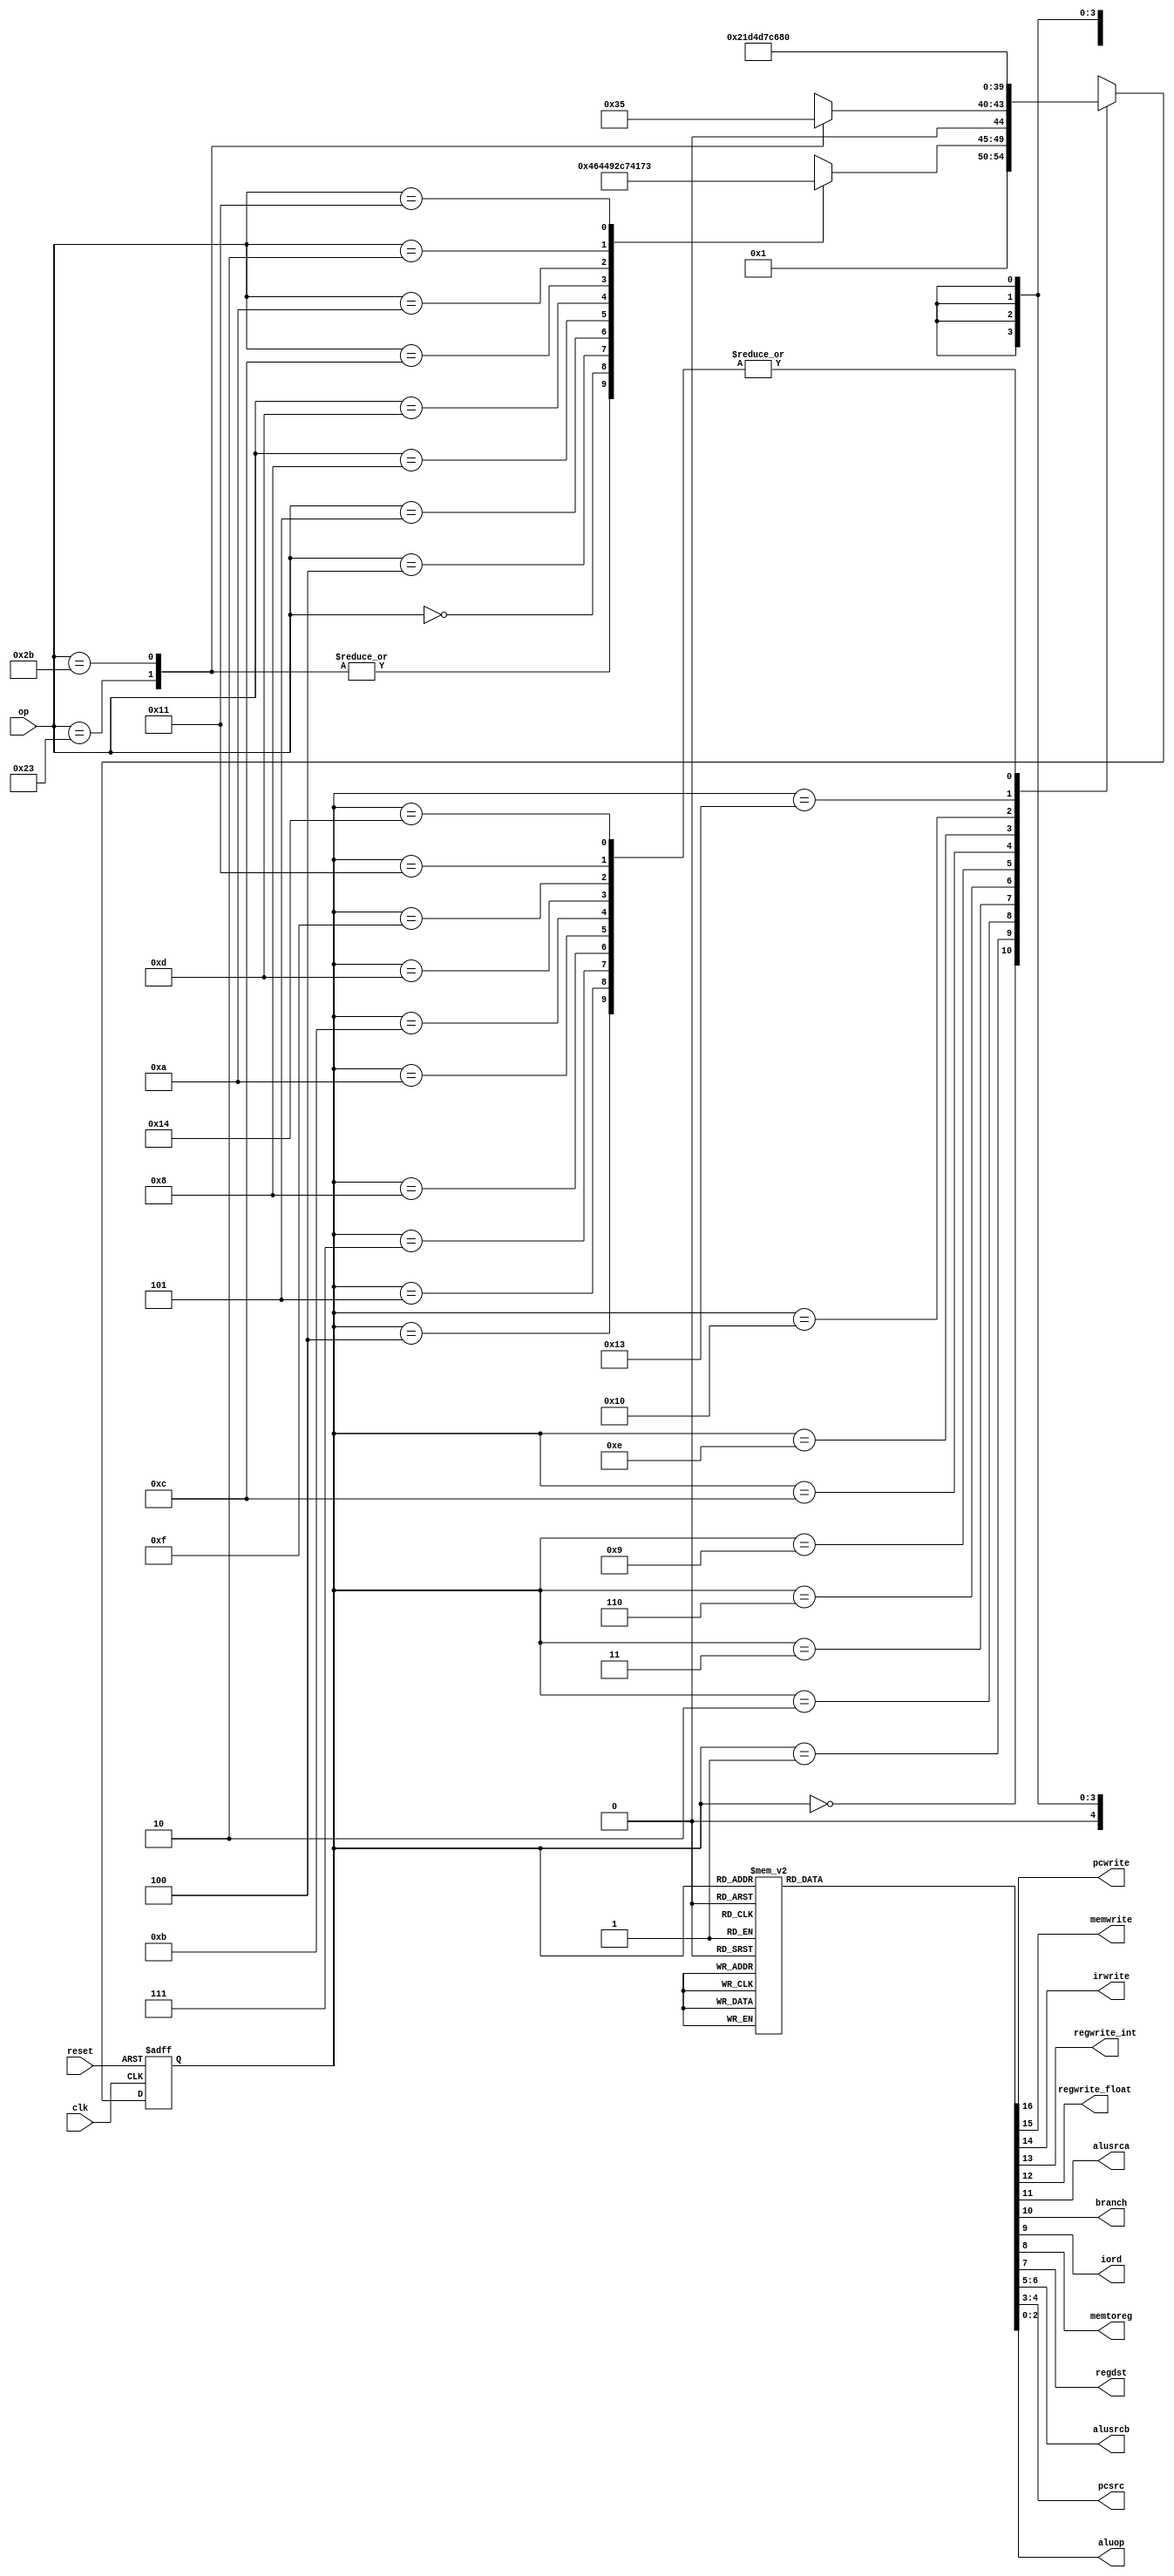
module maindec(input clk, reset, 
input [5:0] op, 
output pcwrite,memwrite,irwrite,regwrite_int,regwrite_float,
output alusrca,branch,iord,memtoreg,regdst,
output [1:0] alusrcb,pcsrc,
output [2:0] aluop);

parameter FETCH = 5'b00000; // State 0
parameter DECODE = 5'b00001; // State 1
parameter MEMADR = 5'b00010;	// State 2
parameter MEMRD = 5'b00011;	// State 3
parameter MEMWB = 5'b00100;	// State 4
parameter MEMWR = 5'b00101;	// State 5
parameter RTYPEEX = 5'b00110;	// State 6
parameter RTYPEWB = 5'b00111;	// State 7
parameter BEQEX = 5'b01000;	// State 8
parameter ADDIEX = 5'b01001;	// State 9
parameter ADDIWB = 5'b01010;	// state 10
parameter JEX = 5'b01011;	// State 11
parameter ORI_EX = 5'b01100;//State 12
parameter ORI_WB = 5'b01101;//State 13
parameter ANDI_EX = 5'b01110;//State 14
parameter ANDI_WB = 5'b01111;//State 15
parameter SLTI_EX = 5'b10000;//State 16
parameter SLTI_WB = 5'b10001;//State 17
parameter BNQEX = 5'b10010;	// State 18
parameter FLOAT_ADD_EX = 5'b10011;//State 19
parameter FLOAT_ADD_WB = 5'b10100;//State 20

parameter LW = 6'b100011;	// Opcode for lw
parameter SW = 6'b101011;	// Opcode for sw
parameter RTYPE = 6'b000000;	// Opcode for R-type
parameter BEQ = 6'b000100;	// Opcode for beq
parameter ADDI = 6'b001000;	// Opcode for addi
parameter J = 6'b000010;	// Opcode for j
parameter BNQ = 6'b000101; //Opcode for bnq 
parameter ORI = 6'b001101; //Opcode for ori
parameter ANDI = 6'b001100; //Opcode for andi
parameter SLTI = 6'b001010; //Opcode for slti

parameter FLOAT = 6'b010001;//Opcode for FLOAT




reg [4:0]  state, nextstate;
reg [16:0] controls;

  // state register
always @(posedge clk or posedge reset)			
  if(reset) state <= FETCH;
  else state <= nextstate;

  // ADD CODE HERE
  // Finish entering the next state logic below.  We've completed the first 
  // two states, FETCH and DECODE, for you.

  // next state logic
always @(*)
  case(state)
    FETCH:   nextstate <= DECODE;
    DECODE:  case(op)
    LW:      nextstate <= MEMADR;
    SW:      nextstate <= MEMADR;
    RTYPE:   nextstate <= RTYPEEX;
    BEQ:     nextstate <= BEQEX;
    BNQ:     nextstate <= BNQEX; 
    ADDI:    nextstate <= ADDIEX;
    ORI:     nextstate <= ORI_EX;
    ANDI:    nextstate <= ANDI_EX;
    SLTI:    nextstate <= SLTI_EX;
    J:       nextstate <= JEX;
    FLOAT:   nextstate <= FLOAT_ADD_EX;
    default: nextstate <= 4'bx; // should never happen
    endcase
 		// Add code here
    MEMADR:  case(op)
    LW: nextstate <= MEMRD;
    SW: nextstate <= MEMWR;
    default: nextstate <= 4'bx;
    endcase
    
    MEMRD: nextstate <= MEMWB;
    MEMWB: nextstate <= FETCH;
    
    MEMWR: nextstate <= FETCH;
    
    RTYPEEX: nextstate <= RTYPEWB;
    RTYPEWB: nextstate <= FETCH;
    
    BEQEX:   nextstate <= FETCH;
    
    ADDIEX:  nextstate <= ADDIWB;
    ADDIWB:  nextstate <= FETCH;
    
    JEX: nextstate <= FETCH;

    ORI_EX: nextstate <= ORI_WB;
    ORI_WB: nextstate <= FETCH;

    ANDI_EX: nextstate <= ANDI_WB;
    ANDI_WB: nextstate <= FETCH;

    SLTI_EX: nextstate <= SLTI_WB;
    SLTI_WB: nextstate <= FETCH;

    FLOAT_ADD_EX : nextstate <= FLOAT_ADD_WB;
    FLOAT_ADD_WB : nextstate <= FETCH;


    default: nextstate <= 5'bx; // should never happen
  endcase

  // output logic
  assign {pcwrite, memwrite, irwrite, regwrite_int,regwrite_float, 
  alusrca, branch, iord, memtoreg, regdst,
  alusrcb, pcsrc, aluop} = controls;



  // ADD CODE HERE
  // Finish entering the output logic below.  We've entered the
  // output logic for the first two states, S0 and S1, for you.
always @(*)
  case(state)
    FETCH:   controls <= 17'b10100000000100000;
    DECODE:  controls <= 17'b00000000001100000;
    // your code goes here 
    MEMADR:  controls <= 17'b00000100001000000;      
    MEMRD:   controls <= 17'b00000001000000000;
    MEMWB:   controls <= 17'b00010000100000000;
    MEMWR:   controls <= 17'b01000001000000000;
    RTYPEEX: controls <= 17'b00000100000000010;
    RTYPEWB: controls <= 17'b00010000010000000;

    BEQEX:   controls <= 17'b00000110000001001;

    BNQEX:   controls <= 17'b00000110000001011;//BNQ

    ADDIEX:  controls <= 17'b00000100001000000;//ADDI
    ADDIWB:  controls <= 17'b00010000000000000;
    
    ORI_EX:  controls <= 17'b00000100001000100;//ORI
    ORI_WB:  controls <= 17'b00010000000000000;

    ANDI_EX: controls <= 17'b00000100001000101;//ANDI
    ANDI_WB: controls <= 17'b00010000000000000;

    SLTI_EX: controls <= 17'b00000100001000111;//SLTI
    SLTI_WB: controls <= 17'b00010000000000000;

    JEX:    controls <= 17'b10000000000010000; //JUMP

    FLOAT_ADD_EX: controls <= 17'b00000100001000000; //FLOAT_ADD
    FLOAT_ADD_WB:	controls <= 17'b00010000000000000; //FLOAT_WB

    default: controls <= 17'bxxxxxxxxxxxxxxxxx;// should never happen
  endcase
endmodule